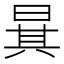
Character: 𣇳